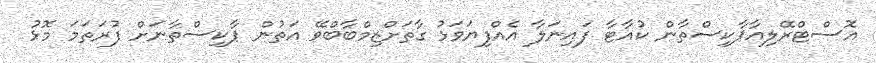
އޮސްޓްރޭލިއާޕާކިސްތާން ކުއާޓާ ފައިނަލާ އެއްފިޔަވަޅު ގާތަށްޒިމްބާބްވޭ އަތުން ޕާކިސްތާނަށް ފުރަތަމަ މޮޅު